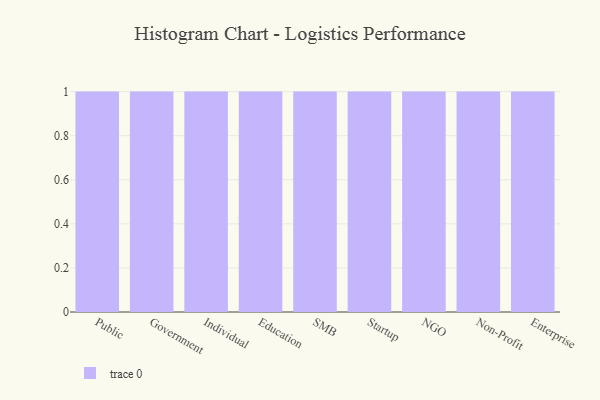
{"axis": {"x": "Segment", "y": "Page Views"}, "legend": [""], "data": [{"x": "Public", "y": 39, "type": ""}, {"x": "Government", "y": 2, "type": ""}, {"x": "Individual", "y": 50, "type": ""}, {"x": "Education", "y": 60, "type": ""}, {"x": "SMB", "y": 74, "type": ""}, {"x": "Startup", "y": 98, "type": ""}, {"x": "NGO", "y": 31, "type": ""}, {"x": "Non-Profit", "y": 100, "type": ""}, {"x": "Enterprise", "y": 100, "type": ""}]}